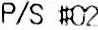
P/S #02